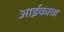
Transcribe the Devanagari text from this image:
आईकावा